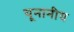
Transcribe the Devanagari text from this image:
यूनानीय